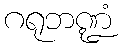
ဂရုဘဏ္ဍံ